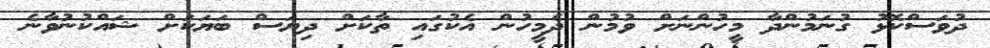
ދުވަސްކޮޅު ގުނަމުންދާ މީހުންނަށް ވުމުން ދެމީހުން އެކުގައި ތާކަށް ދިޔަސް ބަޔަކަށް ޝައްކުނުވާނެ